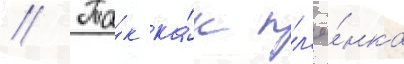
// Та́к ка́к пл'ё́нка